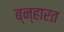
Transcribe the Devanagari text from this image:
ब्न्हारत